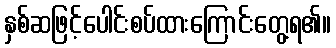
နှစ်ဆဖြင့်ပေါင်းစပ်ထားကြောင်းတွေ့ရ၏။